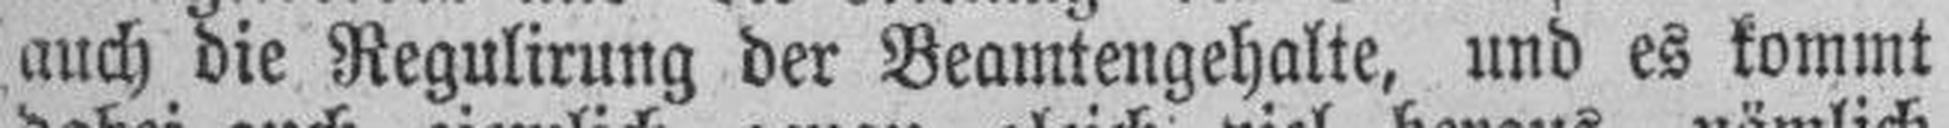
auch die Regulirung der Beamtengehalte, und es kommt